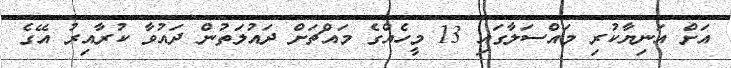
އަށް އަނިޔާކުރި މައްސަލާގައި 13 މީހެއްގެ މައްޗަށް ދައުލަތުން ދައުވާ ކުރާއިރު އޭގެ